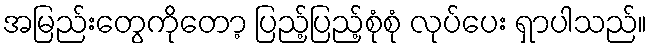
အမြည်းတွေကိုတော့ ပြည့်ပြည့်စုံစုံ လုပ်ပေး ရှာပါသည်။